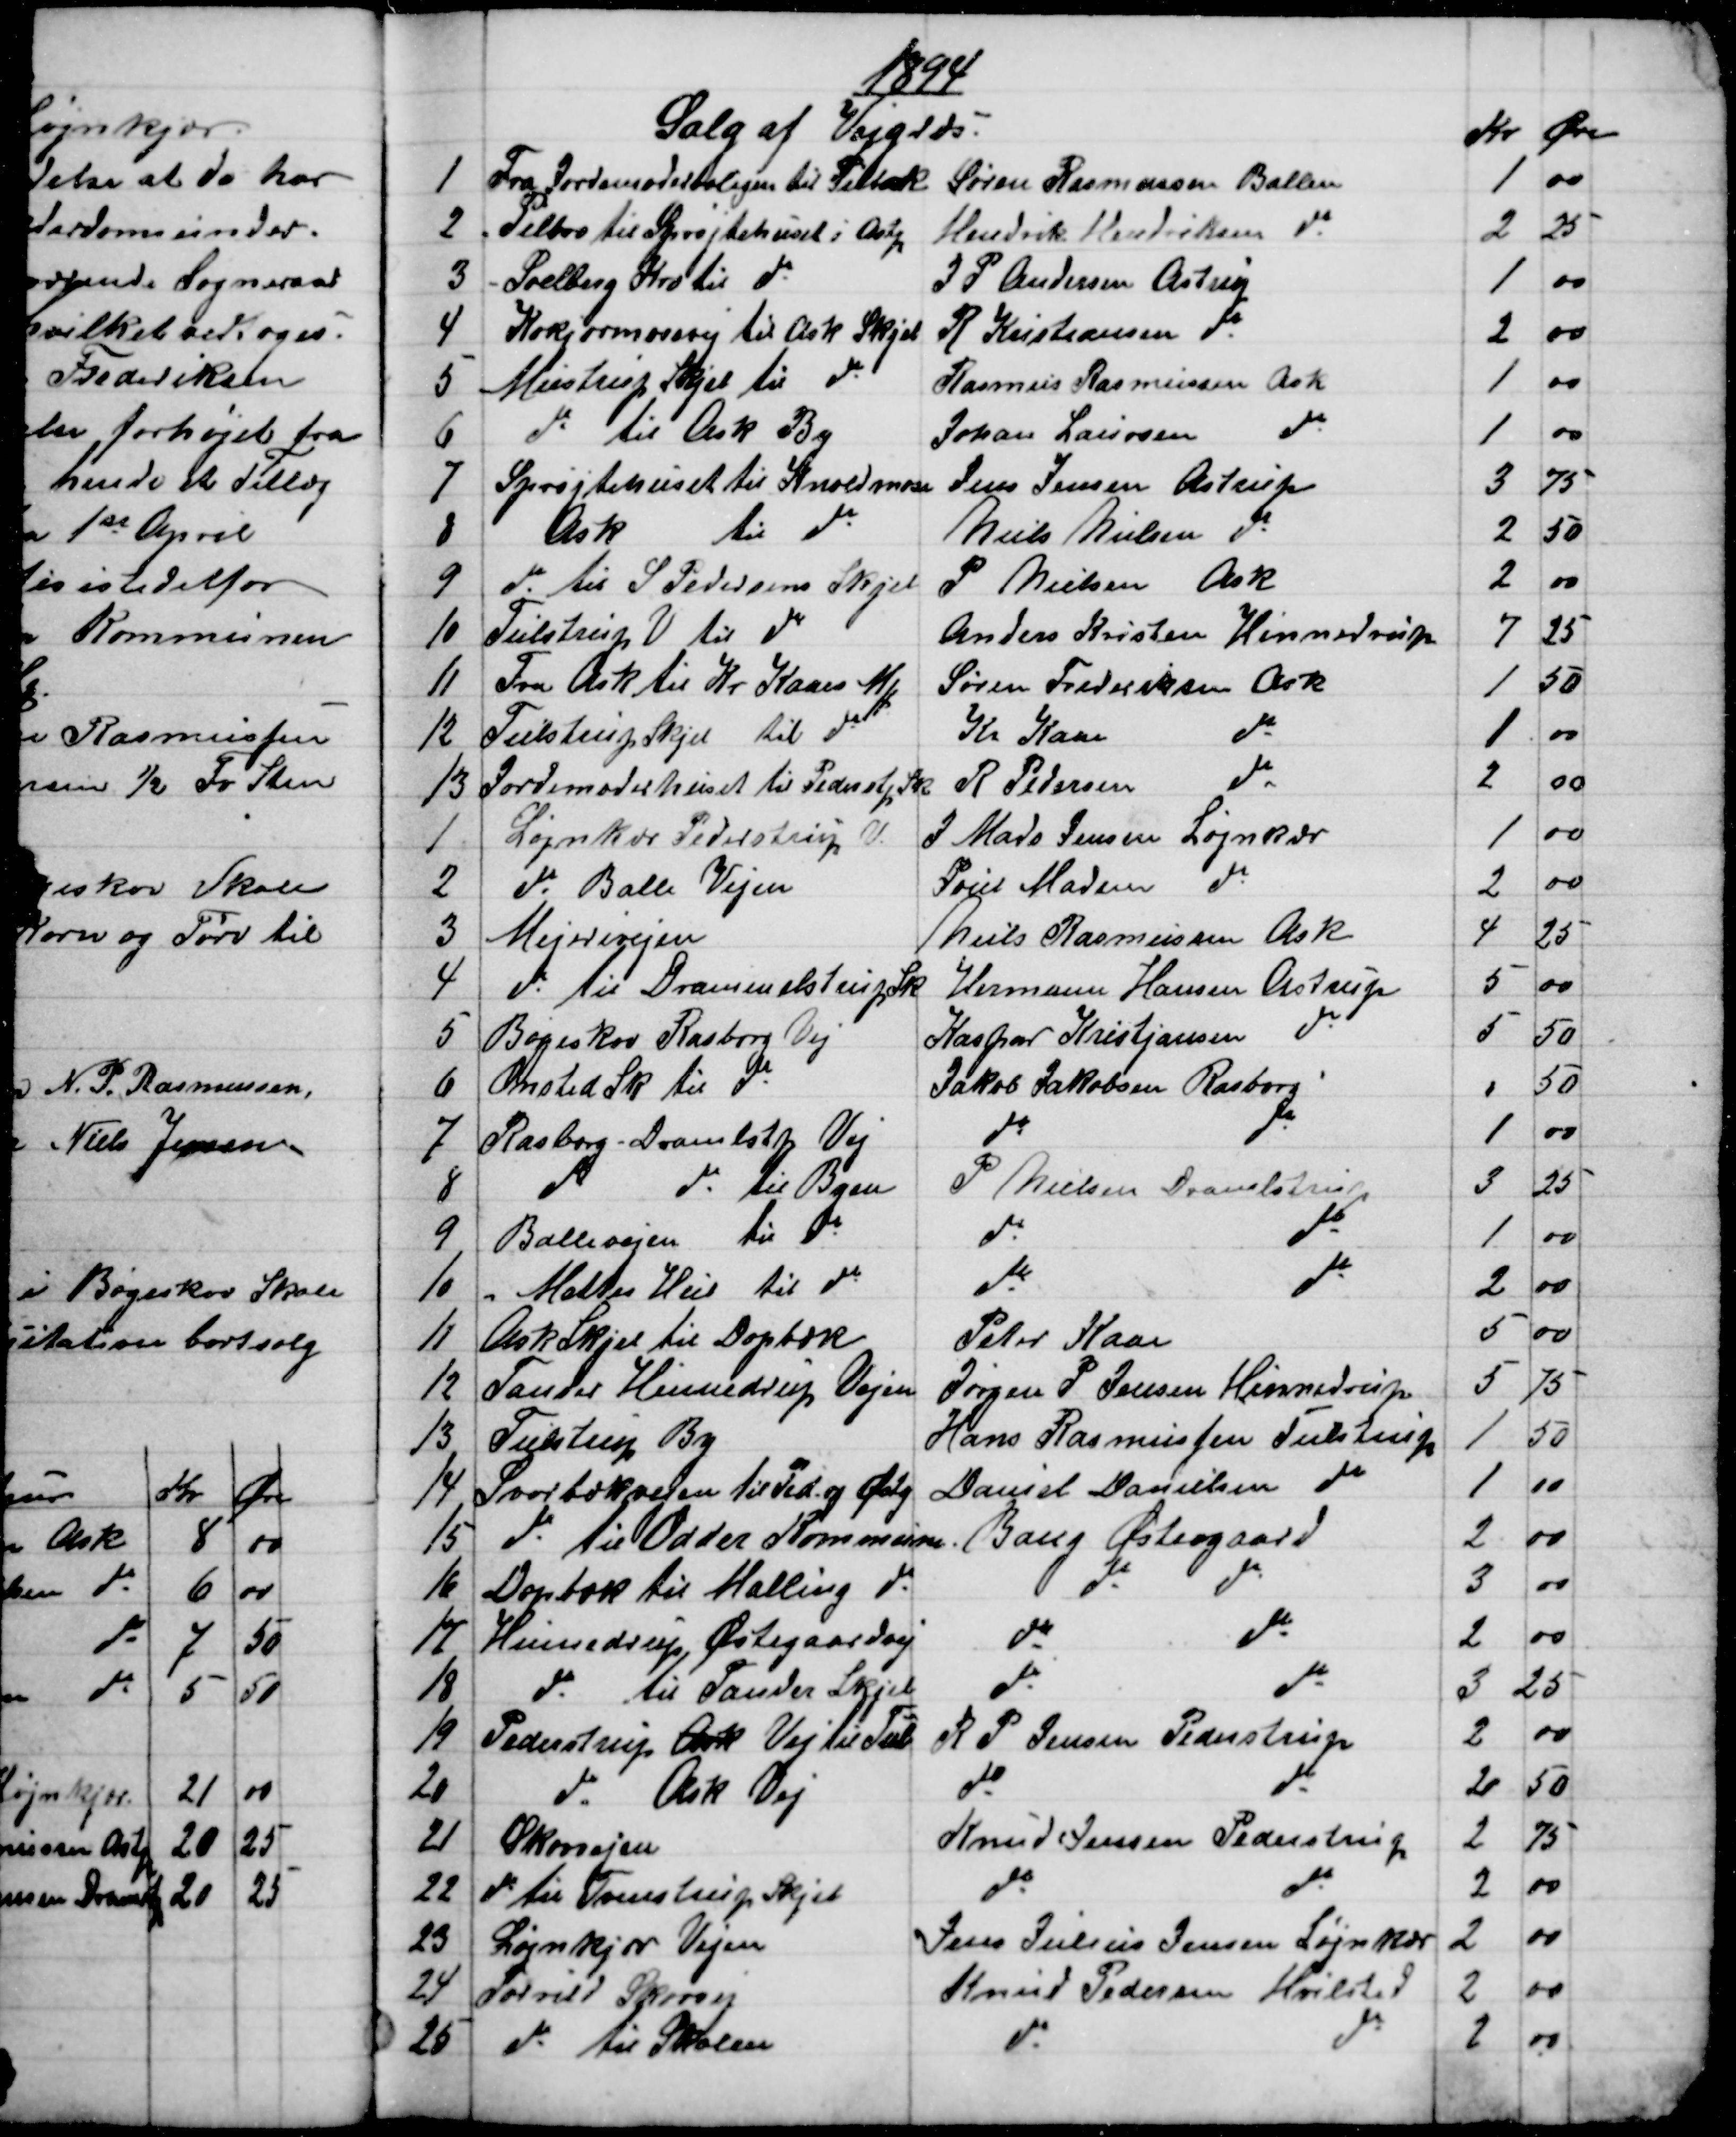
Transskription:
1894
Salg af Vejgræs.
Kr
Øre
1 
Fra Jordemoderboligen til Pilbak
Søren Rasmussen Ballen
1
00
2
- Pilbro til Sprøjtehuset i Astp
Hendrik Hendriksen do
2
25
3
- Soelberg Kro til do
J P Andersen Astrup
1
00
4
Koksjærmosevej til Ask Skjel
R Kristiansen do
2
00
5
Mustrup Skjel til do     
Rasmus Rasmussen Ask
1
00
6
do til Ask By
Johan Laursen do
1
00
7
Sprøjtehuset til Knoldmose
Jens Jensen Astrup
3
75
8
Ask 
til do
Niels Nielsen do
2
50
9
do til S Pedersens Skjel
P Nielsen Ask
2
00
10
Tulstrup V til do
Anders Kristen Hinnedrup
7
25
11
Fra Ask til Kr Kaaes MH           
Søren Frederiksen Ask
1
50
12
Tulstrup Skjel til do
Kr Kaae 
do
1
00
13
Jordemoderhuset til Pederstp Sk
R Pedersen 
do
2
00
1.
Løjnkær Pederstrup V.
J Mads Jensen Løjnkær
1
00
2
do Balle Vejen
Poul Madsen do 
2
00
3
Mejerivejen
Niels Rasmussen Ask
4
25
4
do til Drammelstrup Sk
Hermann Hansen Astrup
5
00
5
Bøgeskov Rasborg Vej
Kaspar Kristjansen do
5
50
6
Onsted Sk til do
Jakob Jakobsen Rasborg
1
50
7
Rasborg - Dramlstp Vej
do
do
1
00
8
do 
do til Byen
P Nielsen Drammelstrup
3
25
9
Ballevejen til do
do 
do
1
00
10
Mattes Hus til do
do
do
2
00
11
Ask Skjel til Dopbæk
Peter Kaae
5
00
12
Tander Hinnedrup Vejen
Jørgen P Jensen Hinnedrup
5
75
13
Tulstrup By
Hans Rasmussen Tulstrup
1
50
14
Svorbækvejen til Ped og Østg
Daniel Danielsen do
1
00
15
do til Odder Kommune. 
Bang Østergaard
2
00
16
Dopbæk til Malling do
do
do
3
00
17
Hinnedrup Østergaardvej
do
do
2
00
18
do til Tander skjel
do
do
3
25
19
Pederstrup Ask Vej til Tul
R. P. Jensen Pederstrup
2
00
20
do Ask Vej
do
do
2
50
21
Skovvejen
Knud Jensen Pederstrup
2
75
22
do til Tvenstrup Skjel
do
do
2
00
23
Løjnkjær Vejen
Jens Julius Jensen Løjnkær
2
00
24
Torrild Skovvej
Knud Pedersen Hvilsted
2
00
25
do til Skolen
do 
do 
2
00